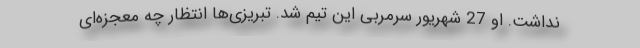
نداشت. او 27 شهریور سرمربی این تیم شد. تبریزی‌ها انتظار چه معجزه‌ای